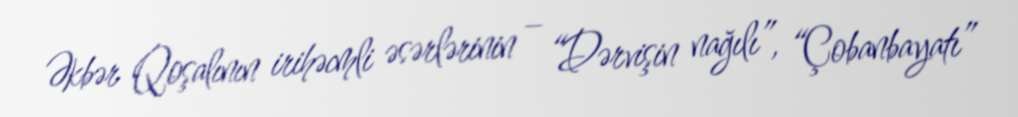
Əkbər Qoşalının irihəcmli əsərlərinin – “Dərvişin nağılı”, “Çobanbayatı”